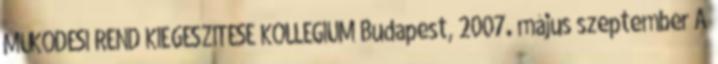
MŰKÖDÉSI REND KIEGÉSZÍTÉSE KOLLÉGIUM Budapest, 2007. május szeptember A